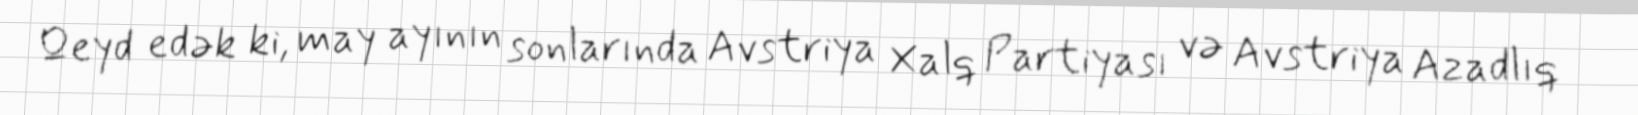
Qeyd edək ki, may ayının sonlarında Avstriya Xalq Partiyası və Avstriya Azadlıq